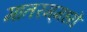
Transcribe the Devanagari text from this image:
मातरम्‌मध्ये